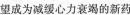
望成为减缓心力衰竭的新药